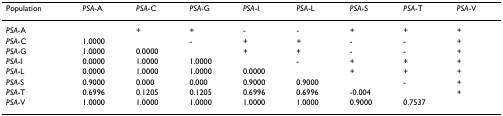
| Population | PSA-A | PSA-C | PSA-G | PSA-I | PSA-L | PSA-S | PSA-T | PSA-V |
 | --- | --- | --- | --- | --- | --- | --- | --- | --- |
 | PSA-A |  | + | + | - | - | + | + | + |
 | PSA-C | 1.0000 |  | - | + | + | - | - | + |
 | PSA-G | 1.0000 | 0.0000 |  | + | + | - | - | + |
 | PSA-I | 0.0000 | 1.0000 | 1.0000 |  | - | + | + | + |
 | PSA-L | 0.0000 | 1.0000 | 1.0000 | 0.0000 |  | + | + | + |
 | PSA-S | 0.9000 | 0.000 | 0.000 | 0.9000 | 0.9000 |  | - | + |
 | PSA-T | 0.6996 | 0.1205 | 0.1205 | 0.6996 | 0.6996 | -0.004 |  | + |
 | PSA-V | 1.0000 | 1.0000 | 1.0000 | 1.0000 | 1.0000 | 0.9000 | 0.7537 |  |